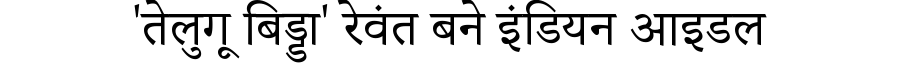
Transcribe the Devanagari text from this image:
'तेलुगू बिड्डा' रेवंत बने इंडियन आइडल